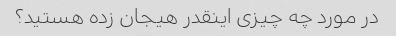
در مورد چه چیزی اینقدر هیجان زده هستید؟